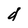
Character: d